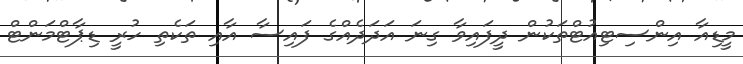
މީޑިއާ އިންސިޓިއުޓްތަކުން ދީފައިވާ ގިނަ އަދަދެއްގެ ފައިސާ އާއި ތަކެތި ހުރީ ޑިޕާޓްމަންޓް